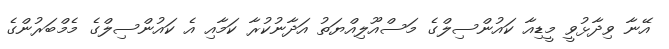
އޭނާ ވިދާޅުވީ މީޑިއާ ކައުންސިލްގެ މަސްއޫލިއްޔަތު އަދާނުކުރާ ކަމާއި އެ ކައުންސިލްގެ މެމްބަރުންގެ